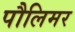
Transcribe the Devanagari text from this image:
पौलिमर